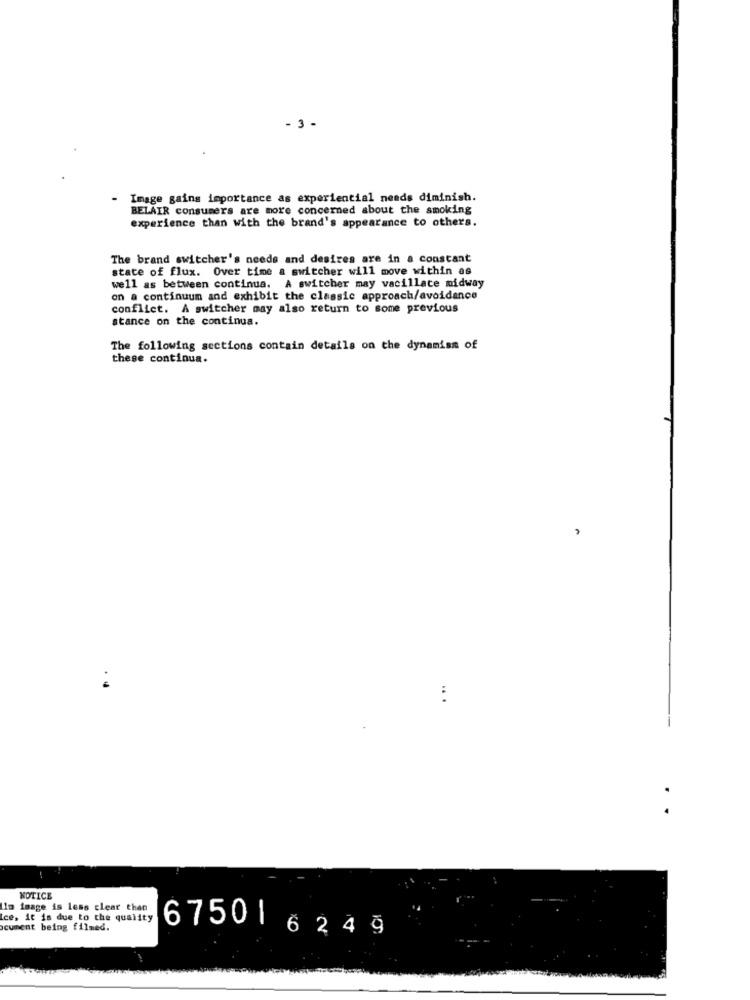
-3 -
Image gains importance as experiential needs diminish.
BELAIR consumers are more concerned about the smoking
experience than with the brand's appearance to others.
The brand switcher's needs and desires are in a constant
state of flux. Over time a switcher will move within as
well as between continua. A switcher may vacillace midway
on a continuum and exhibit the classic approach/avoidance
conflict. A switcher may also return to some previous
stance on the continua.
The following sections contain details on the dynamism of
these continua.
NOTICE
Im image is less clear then
Ice, it is due to the quality
cument being filmed.
6750 6249